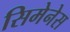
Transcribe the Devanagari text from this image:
सिमेनेस